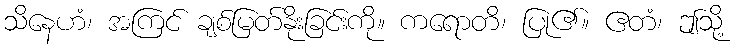
သိနေဟံ၊ အကြင် ချစ်မြတ်နိုးခြင်းကို။ ကရောတိ၊ ပြု၏။ ဧတံ၊ ဤသို့